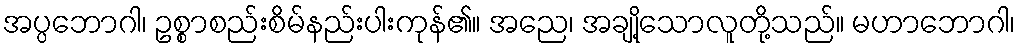
အပ္ပဘောဂါ၊ ဥစ္စာစည်းစိမ်နည်းပါးကုန်၏။ အညေ၊ အချို့သောလူတို့သည်။ မဟာဘောဂါ၊